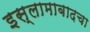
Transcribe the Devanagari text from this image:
इस्लामाबादचा